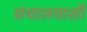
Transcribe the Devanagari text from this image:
ग्रंथालयाशी